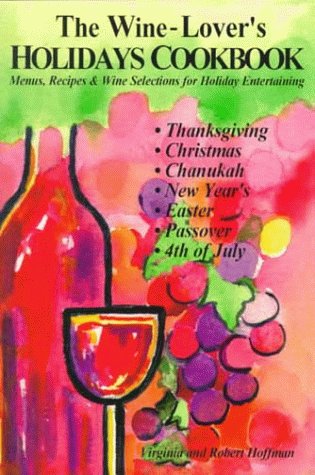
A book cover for The Wine-Lover's Holidays Cookbook; Virginia Hoffman; Cookbooks, Food & Wine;